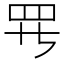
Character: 𱺵